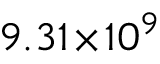
9 . 3 1 \! \times \! 1 0 ^ { 9 }